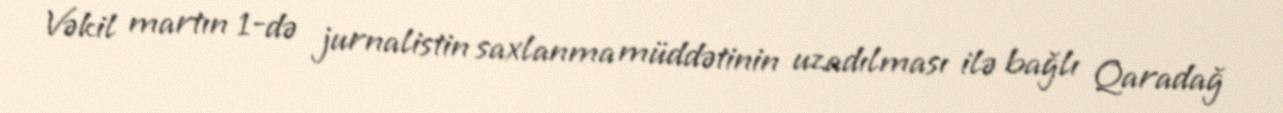
Vəkil martın 1-də jurnalistin saxlanma müddətinin uzadılması ilə bağlı Qaradağ